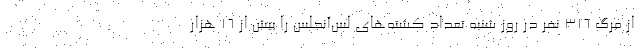
از مرگ 316 نفر در روز شنبه تعداد کشته‌های لس‌آنجلس را بیش از 16 هزار